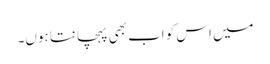
میں اس کو اب بھی پہچانتا ہوں۔